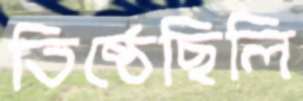
তিষ্ঠেছিলি